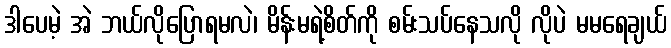
ဒါပေမဲ့ အဲ ဘယ်လိုပြောရမလဲ၊ မိန်းမရဲ့စိတ်ကို စမ်းသပ်နေသလို လိုပဲ မမရေချယ်